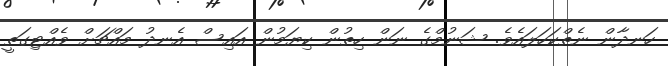
ހަނދާން ނެތްކަހަލައެވެ. ޝަނުމްގެ ނަން ހިތުން ކިޔަމުން އައިސް އެނދު މައްޗަށް ވެއްޓިގަތީ